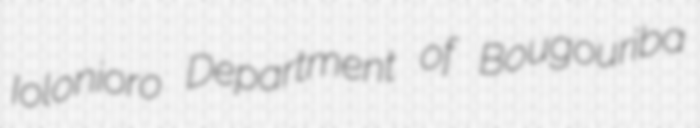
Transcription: Iolonioro Department of Bougouriba